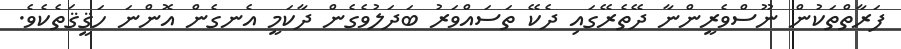
ފަރާތްތަކުން ނޫސްވެރީންނާ ދޭތެރޭގައި ދެކޭ ތަސައްވަރު ބަދަލުވެގެން ދާކަމީ އެނގެން އޮންނަ ހަޤީޤަތެކެވެ.